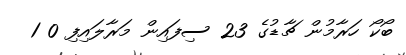
ބޯކޯ ހަރާމުން ޗާޑުގެ 23 ސިފައިން މަރާލައިފި 0 1